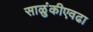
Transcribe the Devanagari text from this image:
साळुंकीएवढा